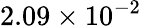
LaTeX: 2.09\times 10^{-2}